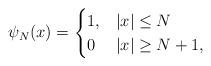
LaTeX: \begin{align*}\psi_{N}(x)=\begin{cases}1, & |x|\leq N\\0 & |x|\geq N+1,\end{cases}\end{align*}